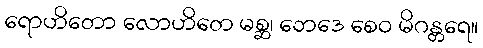
ရောဟိတော လောဟိတေ မစ္ဆ၊ ဘေဒေ စေဝ မိဂန္တရေ။